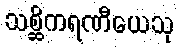
သစ္ဆိကရဏီယေသု